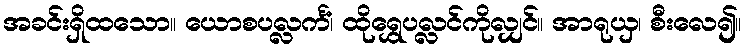
အခင်းရှိထသော။ ယောစပလ္လင်္ကံ၊ ထိုရွှေပလ္လင်ကိုလျှင်။ အာရုယှ၊ စီးလေ၍။